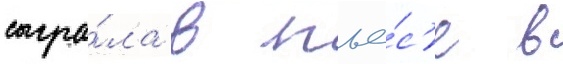
сыгра́ла в пье́с'е в